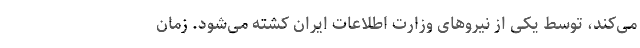
می‌کند، توسط یکی از نیروهای وزارت اطلاعات ایران کشته می‌شود. زمان